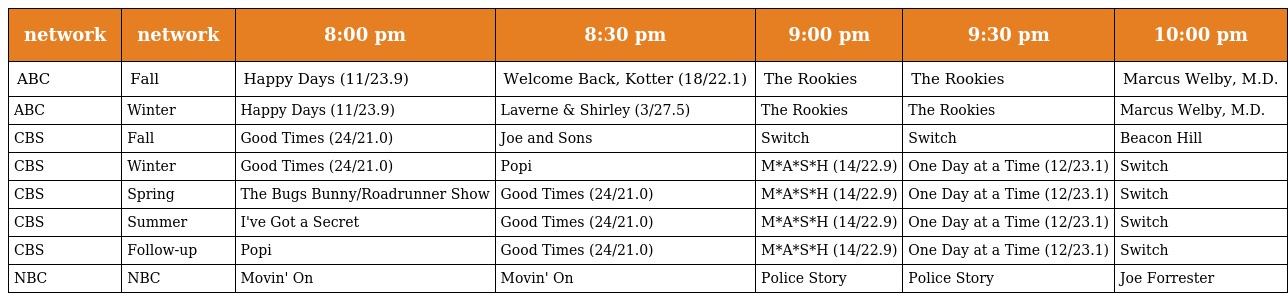
| network | network | 8:00 pm | 8:30 pm | 9:00 pm | 9:30 pm | 10:00 pm |
 | --- | --- | --- | --- | --- | --- | --- |
 | ABC | Fall | Happy Days (11/23.9) | Welcome Back, Kotter (18/22.1) | The Rookies | The Rookies | Marcus Welby, M.D. |
 | ABC | Winter | Happy Days (11/23.9) | Laverne & Shirley (3/27.5) | The Rookies | The Rookies | Marcus Welby, M.D. |
 | CBS | Fall | Good Times (24/21.0) | Joe and Sons | Switch | Switch | Beacon Hill |
 | CBS | Winter | Good Times (24/21.0) | Popi | M*A*S*H (14/22.9) | One Day at a Time (12/23.1) | Switch |
 | CBS | Spring | The Bugs Bunny/Roadrunner Show | Good Times (24/21.0) | M*A*S*H (14/22.9) | One Day at a Time (12/23.1) | Switch |
 | CBS | Summer | I've Got a Secret | Good Times (24/21.0) | M*A*S*H (14/22.9) | One Day at a Time (12/23.1) | Switch |
 | CBS | Follow-up | Popi | Good Times (24/21.0) | M*A*S*H (14/22.9) | One Day at a Time (12/23.1) | Switch |
 | NBC | NBC | Movin' On | Movin' On | Police Story | Police Story | Joe Forrester |